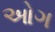
ઓગ